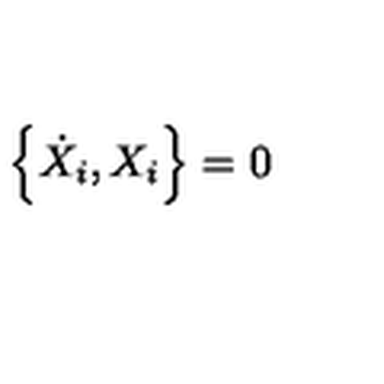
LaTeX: \left\{ \dot { X } _ { i } , X _ { i } \right\} = 0